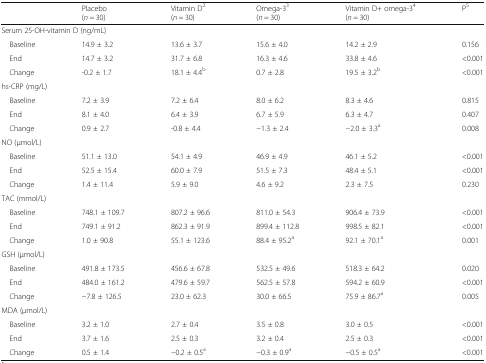
<table><thead><tr><td></td><td><b>Placebo(<i>n</i> = 30)</b></td><td><b>Vitamin D<sup>2</sup>(<i>n</i> = 30)</b></td><td><b>Omega-3<sup>3</sup>(<i>n</i> = 30)</b></td><td><b>Vitamin D+ omega-3<sup>4</sup>(<i>n</i> = 30)</b></td><td><b>P<sup>5</sup></b></td></tr></thead><tbody><tr><td colspan="6">Serum 25-OH-vitamin D (ng/mL)</td></tr><tr><td> Baseline</td><td>14.9 ± 3.2</td><td>13.6 ± 3.7</td><td>15.6 ± 4.0</td><td>14.2 ± 2.9</td><td>0.156</td></tr><tr><td> End</td><td>14.7 ± 3.2</td><td>31.7 ± 6.8</td><td>16.3 ± 4.6</td><td>33.8 ± 4.6</td><td>&lt;0.001</td></tr><tr><td> Change</td><td>-0.2 ± 1.7</td><td>18.1 ± 4.4<sup>b</sup></td><td>0.7 ± 2.8</td><td>19.5 ± 3.2<sup>b</sup></td><td>&lt;0.001</td></tr><tr><td colspan="6">hs-CRP (mg/L)</td></tr><tr><td> Baseline</td><td>7.2 ± 3.9</td><td>7.2 ± 6.4</td><td>8.0 ± 6.2</td><td>8.3 ± 4.6</td><td>0.815</td></tr><tr><td> End</td><td>8.1 ± 4.0</td><td>6.4 ± 3.9</td><td>6.7 ± 5.9</td><td>6.3 ± 4.7</td><td>0.407</td></tr><tr><td> Change</td><td>0.9 ± 2.7</td><td>-0.8 ± 4.4</td><td>−1.3 ± 2.4</td><td>−2.0 ± 3.3<sup>a</sup></td><td>0.008</td></tr><tr><td colspan="6">NO (μmol/L)</td></tr><tr><td> Baseline</td><td>51.1 ± 13.0</td><td>54.1 ± 4.9</td><td>46.9 ± 4.9</td><td>46.1 ± 5.2</td><td>&lt;0.001</td></tr><tr><td> End</td><td>52.5 ± 15.4</td><td>60.0 ± 7.9</td><td>51.5 ± 7.3</td><td>48.4 ± 5.1</td><td>&lt;0.001</td></tr><tr><td> Change</td><td>1.4 ± 11.4</td><td>5.9 ± 9.0</td><td>4.6 ± 9.2</td><td>2.3 ± 7.5</td><td>0.230</td></tr><tr><td colspan="6">TAC (mmol/L)</td></tr><tr><td> Baseline</td><td>748.1 ± 109.7</td><td>807.2 ± 96.6</td><td>811.0 ± 54.3</td><td>906.4 ± 73.9</td><td>&lt;0.001</td></tr><tr><td> End</td><td>749.1 ± 91.2</td><td>862.3 ± 91.9</td><td>899.4 ± 112.8</td><td>998.5 ± 82.1</td><td>&lt;0.001</td></tr><tr><td> Change</td><td>1.0 ± 90.8</td><td>55.1 ± 123.6</td><td>88.4 ± 95.2<sup>a</sup></td><td>92.1 ± 70.1<sup>a</sup></td><td>0.001</td></tr><tr><td colspan="6">GSH (μmol/L)</td></tr><tr><td> Baseline</td><td>491.8 ± 173.5</td><td>456.6 ± 67.8</td><td>532.5 ± 49.6</td><td>518.3 ± 64.2</td><td>0.020</td></tr><tr><td> End</td><td>484.0 ± 161.2</td><td>479.6 ± 59.7</td><td>562.5 ± 57.8</td><td>594.2 ± 60.9</td><td>&lt;0.001</td></tr><tr><td> Change</td><td>−7.8 ± 126.5</td><td>23.0 ± 62.3</td><td>30.0 ± 66.5</td><td>75.9 ± 86.7<sup>a</sup></td><td>0.005</td></tr><tr><td colspan="6">MDA (μmol/L)</td></tr><tr><td> Baseline</td><td>3.2 ± 1.0</td><td>2.7 ± 0.4</td><td>3.5 ± 0.8</td><td>3.0 ± 0.5</td><td>&lt;0.001</td></tr><tr><td> End</td><td>3.7 ± 1.6</td><td>2.5 ± 0.3</td><td>3.2 ± 0.4</td><td>2.5 ± 0.3</td><td>&lt;0.001</td></tr><tr><td> Change</td><td>0.5 ± 1.4</td><td>−0.2 ± 0.5<sup>a</sup></td><td>−0.3 ± 0.9<sup>a</sup></td><td>−0.5 ± 0.5<sup>a</sup></td><td>&lt;0.001</td></tr></tbody></table>